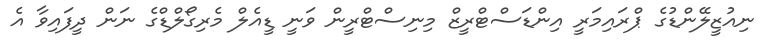
ނިއުޒީލޭންޑުގެ ޕްރައިމަރީ އިންޑަސްޓްރީޒް މިނިސްޓްރީން ވަނީ ޑީއެލް މެރިގޯލްޑްގެ ނަން ދީފައިވާ އެ